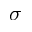
\sigma